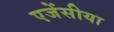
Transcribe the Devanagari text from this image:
एजेंसीया